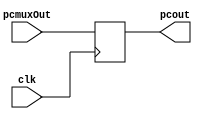
`timescale 1ns / 1ps

module pc (
    input [31:0] pcmuxOut,
    input clk,
    output reg [31:0] pcout
    );
    initial begin
        pcout = 32'h00000000;
        end
    always @(posedge clk)
        pcout = pcmuxOut;
endmodule